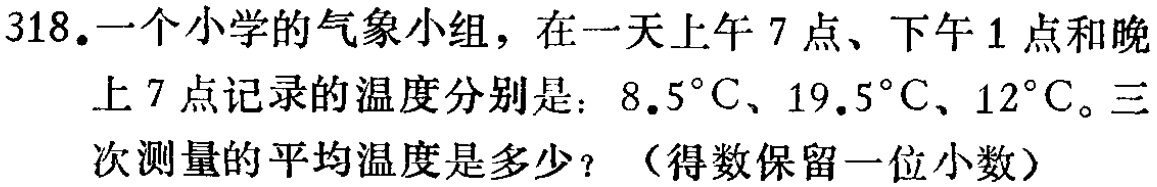
318.一个小学的气象小组，在一天上午7点、下午1点和晚上7点记录的温度分别是：$8.5^{\circ}\mathrm{C}$、$19.5^{\circ}\mathrm{C}$、$12^{\circ}\mathrm{C}$。三次测量的平均温度是多少？（得数保留一位小数）